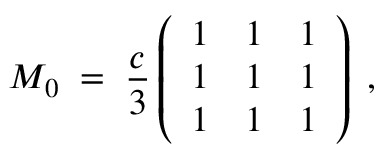
M _ { 0 } \; = \; \frac { c } { 3 } \left( \begin{array} { l l l } { { 1 } } & { { 1 } } & { { 1 } } \\ { { 1 } } & { { 1 } } & { { 1 } } \\ { { 1 } } & { { 1 } } & { { 1 } } \end{array} \right) \; ,